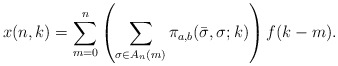
\begin{align*} x(n,k)=\sum _{m=0}^{n}\left(\sum _{\sigma \in A_{n} (m)}\pi_{a,b}(\bar{\sigma },\sigma ;k) \right)f(k-m).\end{align*}